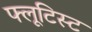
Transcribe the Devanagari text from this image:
फ्लूटिस्ट